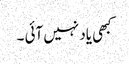
کبھی یاد نہیں آئی ۔